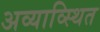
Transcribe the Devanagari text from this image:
अव्याव्स्थित